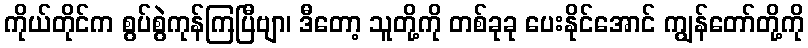
ကိုယ်တိုင်က စွပ်စွဲကုန်ကြပြီဗျာ၊ ဒီတော့ သူတို့ကို တစ်ခုခု ပေးနိုင်အောင် ကျွန်တော်တို့ကို